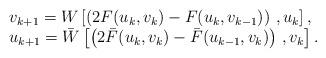
LaTeX: \begin{align*}\begin{array}{l}v_{k+1}=W\left[ \left( 2F(u_k,v_k)-F(u_k,v_{k-1})\right) \,,u_k\right] , \\u_{k+1}=\bar W\left[ \left( 2\bar F(u_k,v_k)-\bar F(u_{k-1},v_k)\right)\,,v_k\right] .\end{array}\end{align*}